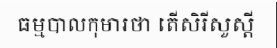
ធម្មបាលកុមារថា តើសិរីសួស្តី